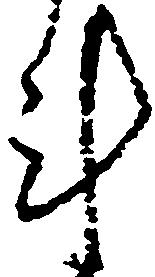
計